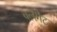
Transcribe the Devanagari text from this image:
वलगेट